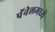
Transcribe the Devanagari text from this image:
पॅनेलमध्ये